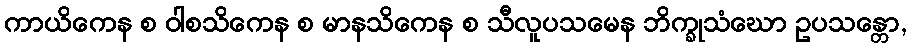
ကာယိကေန စ ဝါစသိကေန စ မာနသိကေန စ သီလူပသမေန ဘိက္ခုသံဃော ဥပသန္တော,